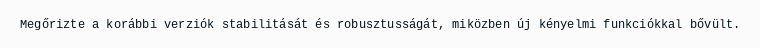
Megőrizte a korábbi verziók stabilitását és robusztusságát, miközben új kényelmi funkciókkal bővült.